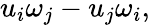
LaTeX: u_{i}\omega_{j}-u_{j}\omega_{i},